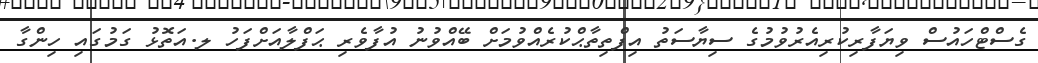
ގެސްޓްހައުސް ވިޔަފާރިކުރިއެރުވުމުގެ ސިޔާސަތު އިފްތިތާޙްކުރެއްވުމަށް ބޭއްވުނު އުފާވެރި ޙަފްލާއަށްފަހު ލ.އަތޮޅު ގަމުގައި ހިންގާ